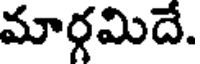
మార్గమిదే.